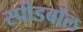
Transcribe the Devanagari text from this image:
स्पीडबॉल